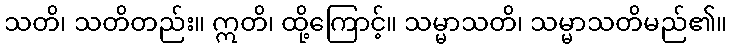
သတိ၊ သတိတည်း။ ဣတိ၊ ထို့ကြောင့်။ သမ္မာသတိ၊ သမ္မာသတိမည်၏။